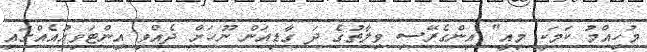
މުހިއްމު ކަމަކީ މިއީ" އިންގެރޭސި ވިލާތުގެ ދަ ގާޑިއަން ނޫހަށް ދެއްވި އިންޓަވިއުއެއްގައި